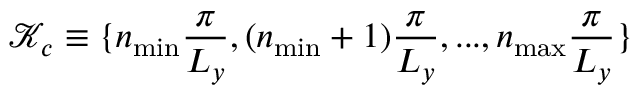
\mathcal { K } _ { c } \equiv \{ n _ { \mathrm { m i n } } \frac { \pi } { L _ { y } } , ( n _ { \mathrm { m i n } } + 1 ) \frac { \pi } { L _ { y } } , . . . , n _ { \mathrm { m a x } } \frac { \pi } { L _ { y } } \}